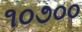
૧૦૭૦૦